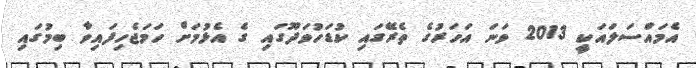
އެމައްސަލައަކީ 2013 ވަނަ އަހަރުގެ ތެރޭގައި ކުޑަހުވަދޫގައި ގެ އެޅުމަށް ހަމަޖެހިފައިވާ ބިމުގައި